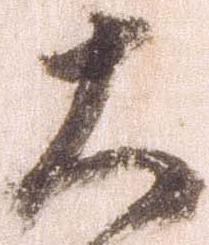
大